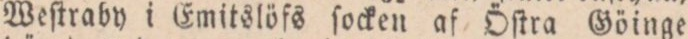
Weſtraby i Emitslöfs ſocken af Öſtra Göinge